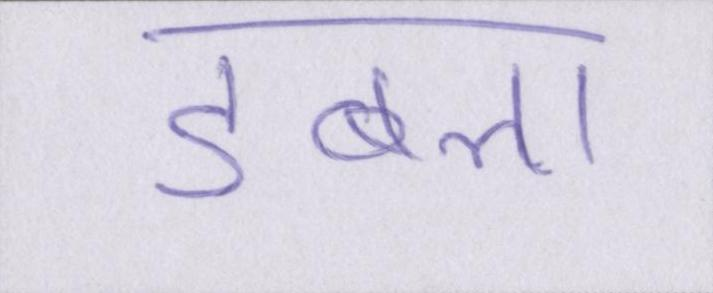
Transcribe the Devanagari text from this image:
डबला